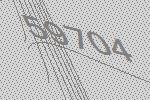
59704